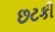
છટકી